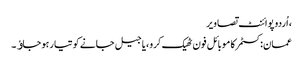
، اُردو پوائنٹ تصاویر
عمان:کسٹمر کا موبائل فون ٹھیک کرو ،یا جیل جانے کو تیار ہو جاﺅ۔